Vaccination in Burma 1912-1922 - 1912-1922
Year: 1912
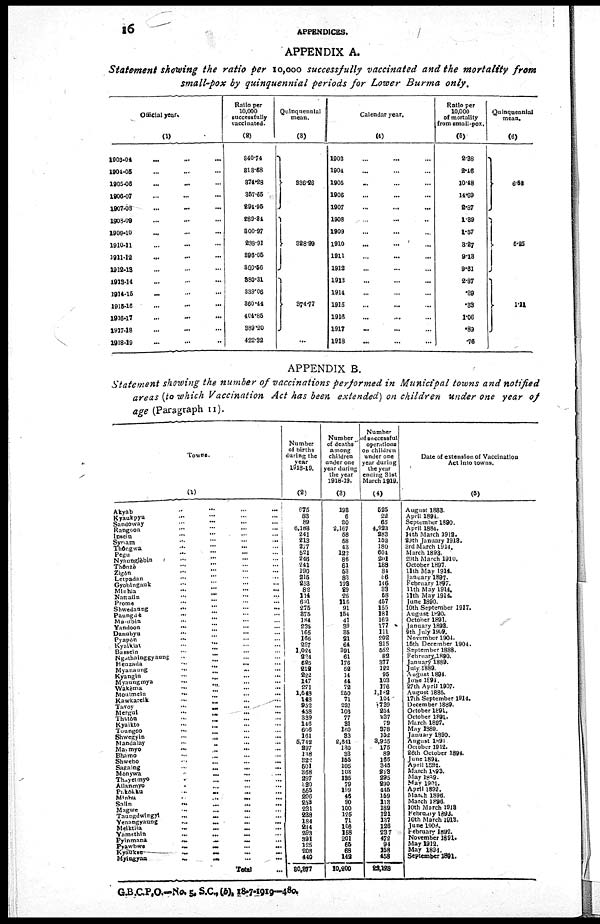
16 APPENDICES.
APPENDIX A.
Statement showing the ratio per 10,000 successfully vaccinated and the mortality from
small-pox by quinquennial periods for Lower Burma only.
Official year.
(1)
1903-04
...
...
...
1904-05 ... ... ...
1905-06 ... ... ...
1906-07 ... ... ...
1907-08 ... ... ...
1908-09 ... ... ...
1909-10 ... ... ...
1910-11 ... ... ...
1911-12 ... ... ...
1912-18 ... ... ...
1913-14 ... ... ...
1914-16 ... ... ...
1915-16 ... ... ...
1916-17 ... ... ...
1917-18 ... ... ...
1918-19 ... ... ...
Ratio per
10,000
successfully
vaccinated.
(2)
340.74
318.68
374.28
357.65
294.95
289.34
300.97
288.91
896.05
360.56
380.31
339.06
360.44
404.85
889.20
422.32
Quinquennial
mean.
(3)
336.26
328.99
374.77
...
Calendar year.
(4)
1903 ... ... ...
1904 ... ... ...
1905 ... ... ...
1906 ... ... ...
1907 ... ... ...
1908 ... ... ...
1909 ... ... ...
1910 ... ... ...
1911 ... ... ...
1912 ... ... ...
1913 ... ... ...
1914 ... ... ...
1915 ... ... ...
1916 ... ... ...
1917 ... ... ...
1918
... ... ...
Ratio per
10,000
of mortality
from small-pox.
(5)
2.38
2.46
10.48
14.69
2.87
1.89
1.57
8.27
9.13
9.61
2.87
.39
.33
1.06
.89
.76
Quinquennial
mean.
(6)
6.58
5.25
1.11
APPENDIX B.
Statement showing the number of vaccinations performed in Municipal towns and notified
areas (to which Vaccination Act has been extended) on children under one year of
age (Paragraph II).
Towns.
(1)
Akyab
...
...
...
...
Kyaukpyu
...
...
...
...
Sandoway
...
...
...
...
Rangoon ... ... ... ...
Insein
...
...
...
...
Syriam ... ... ... ...
Thôngwa
...
...
...
...
Pegu
...
...
...
...
Nyaunglèbin
...
...
...
Thônzè ... ... ... ...
Zigôn
...
...
...
...
Letpadan
...
...
...
Gyobingauk ... ... ...
Minhla
...
...
...
...
Nattalin
...
...
...
...
Prome
...
...
...
...
Shwedaung
... ... ... ...
Paunguè
...
...
...
...
Ma-ubin
...
...
...
...
Yandoon
...
...
...
...
Danubyn
...
...
...
...
Pyapôn
...
...
...
...
Kyaiklat
...
...
...
...
Bassein
...
...
...
...
Ngathainggyaung
...
...
...
...
Henzada
...
...
...
...
Myanaung
...
...
...
...
Kyangin ... ... ... ...
Myaungmya ... ... ...
Wakèma
...
...
...
...
Moulmein
...
...
...
...
Kawkareik
...
...
...
...
Tavoy
...
...
...
...
Mergul
...
...
...
...
Thatôn
...
...
...
...
Kyaikto
...
... ... ...
Tuungoo
... ... ... ...
Shwegyin
...
...
...
...
Mandalay
...
...
...
...
Maymyo
...
...
...
...
Bhamo
...
...
...
...
Shwebo
...
...
...
...
Sagaing
...
...
...
...
Mônywa
...
...
...
...
Thayetmyo ... ... ... ...
Allanmyo
...
...
...
...
Pakôkku
...
...
...
...
Minbu
...
...
...
...
Salin ... ... ... ...
Magwe ... ... ... ...
Taungdwingyl
...
...
...
...
Yenangyaung
...
...
...
...
Meiktila
...
...
...
...
Yamethin
...
...
...
...
Pyinmana ... ... ... ...
Pyawbwe ... ... ... ...
Kyaukse
...
...
...
...
Myingyan
...
...
...
...
Total ...
Number
of births
during the
year
1918-19.
(2)
675
83
89
6,183
241
213
277
521
246
241
190
215
253
82
114
691
275
375
184
235
165
166
227
1,024
221
625
212
222
147
271
1,548
148
952
458
339
146
606
161
5,742
297
138
322
501
368
297
320
555
206
253
231
238
181
244
293
391
125
208
440
30,377
Number
of deaths
among
children
under one
year during
the year
1918-19.
(3)
193
6
20
2,167
58
68
43
122
86
61
53
83
123
29
26
116
91
164
41
39
35
21
64
391
61
176
52
14
41
72
250
71
221
106
77
31
160
33
2,641
130
33
155
105
103
135
79
199
46
90
100
125
71
106
158
201
65
68
142
10,200
Number
of successful
operations
on children
under one
year during
the year
ending 31st
March 1919.
(4)
525
22
85
4,922
283
152
180
604
201
188
84
56
146
33
58
457
155
181
162
177
111
202
315
552
82
377
122
95
103
176
1,182
104
†739
251
237
79
878
152
3,925
175
89
166
345
223
295
290
445
169
113
189
121
137
126
237
472
94
158
458
22,128
Date of extension of Vaccination
Act into towns.
(5)
August 1883.
April 1894.
September 1890.
April 1884.
14th March 1912.
20th January 1918.
3rd March 1914.
March 1893.
29th March 1910.
October 1897.
11th May 1914.
January 1897.
February 1897.
11th May 1914.
11th May 1914.
June 1890.
10th September 1917.
August 1890.
October 1891.
January 1892.
9th July 1909.
November 1904.
15th December 1901.
September 1888.
February 1890.
January 1889.
July 1889.
August 1894.
June 1894.
27th April 1907.
August 1885.
17th September 1914.
December 1889.
October 1891.
October 1891.
March 1897.
May 1889.
January 1890.
August 1891
October 1912.
26th October 1894.
June 1894
April 1894.
March 1893.
May 1889.
May 1901.
April 1892.
March 1896.
March 1896.
10th March 1918
February 1893.
10th March 1918.
June 1906.
February 1892.
November 1891.
May 1912.
May 1894.
September 1891.
G.B.C.P,O.—No. 5. S.C.,(b), 18-7-1919—480.